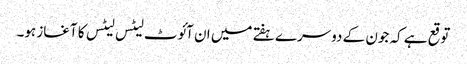
توقع ہے کہ جون کے دوسرے ہفتے میں ان آئوٹ لیٹس لیٹس کا آغاز ہو۔